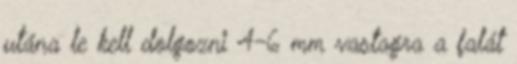
utána le kell dolgozni 4-6 mm vastagra a falát